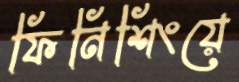
ফিনিশিংয়ে